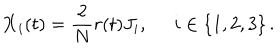
{ \bf X } _ { i } ( t ) = { \frac { 2 } { N } } r ( t ) J _ { i } , \; \; i \in \{ 1 , 2 , 3 \} \, .